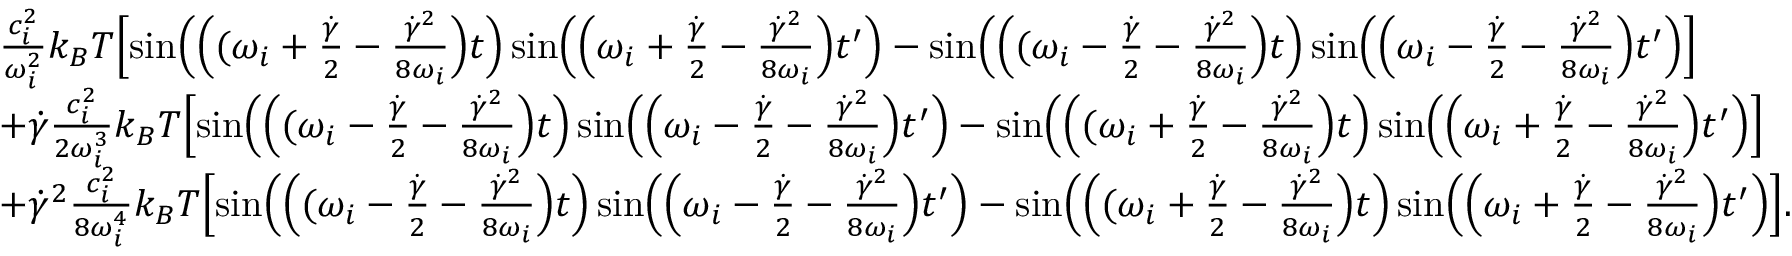
\begin{array} { r l } & { \frac { c _ { i } ^ { 2 } } { \omega _ { i } ^ { 2 } } k _ { B } T \Bigl [ \sin \Bigl ( \Bigl ( ( \omega _ { i } + \frac { \dot { \gamma } } { 2 } - \frac { \dot { \gamma } ^ { 2 } } { 8 \omega _ { i } } \Bigr ) t \Bigr ) \sin \Bigl ( \Bigl ( \omega _ { i } + \frac { \dot { \gamma } } { 2 } - \frac { \dot { \gamma } ^ { 2 } } { 8 \omega _ { i } } \Bigr ) t ^ { \prime } \Bigr ) - \sin \Bigl ( \Bigl ( ( \omega _ { i } - \frac { \dot { \gamma } } { 2 } - \frac { \dot { \gamma } ^ { 2 } } { 8 \omega _ { i } } \Bigr ) t \Bigr ) \sin \Bigl ( \Bigl ( \omega _ { i } - \frac { \dot { \gamma } } { 2 } - \frac { \dot { \gamma } ^ { 2 } } { 8 \omega _ { i } } \Bigr ) t ^ { \prime } \Bigr ) \Bigr ] } \\ & { + \dot { \gamma } \frac { c _ { i } ^ { 2 } } { 2 \omega _ { i } ^ { 3 } } k _ { B } T \Bigl [ \sin \Bigl ( \Bigl ( ( \omega _ { i } - \frac { \dot { \gamma } } { 2 } - \frac { \dot { \gamma } ^ { 2 } } { 8 \omega _ { i } } \Bigr ) t \Bigr ) \sin \Bigl ( \Bigl ( \omega _ { i } - \frac { \dot { \gamma } } { 2 } - \frac { \dot { \gamma } ^ { 2 } } { 8 \omega _ { i } } \Bigr ) t ^ { \prime } \Bigr ) - \sin \Bigl ( \Bigl ( ( \omega _ { i } + \frac { \dot { \gamma } } { 2 } - \frac { \dot { \gamma } ^ { 2 } } { 8 \omega _ { i } } \Bigr ) t \Bigr ) \sin \Bigl ( \Bigl ( \omega _ { i } + \frac { \dot { \gamma } } { 2 } - \frac { \dot { \gamma } ^ { 2 } } { 8 \omega _ { i } } \Bigr ) t ^ { \prime } \Bigr ) \Bigr ] } \\ & { + \dot { \gamma } ^ { 2 } \frac { c _ { i } ^ { 2 } } { 8 \omega _ { i } ^ { 4 } } k _ { B } T \Bigl [ \sin \Bigl ( \Bigl ( ( \omega _ { i } - \frac { \dot { \gamma } } { 2 } - \frac { \dot { \gamma } ^ { 2 } } { 8 \omega _ { i } } \Bigr ) t \Bigr ) \sin \Bigl ( \Bigl ( \omega _ { i } - \frac { \dot { \gamma } } { 2 } - \frac { \dot { \gamma } ^ { 2 } } { 8 \omega _ { i } } \Bigr ) t ^ { \prime } \Bigr ) - \sin \Bigl ( \Bigl ( ( \omega _ { i } + \frac { \dot { \gamma } } { 2 } - \frac { \dot { \gamma } ^ { 2 } } { 8 \omega _ { i } } \Bigr ) t \Bigr ) \sin \Bigl ( \Bigl ( \omega _ { i } + \frac { \dot { \gamma } } { 2 } - \frac { \dot { \gamma } ^ { 2 } } { 8 \omega _ { i } } \Bigr ) t ^ { \prime } \Bigr ) \Bigr ] . } \end{array}